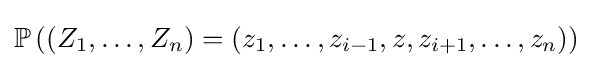
\mathbb {P} \left((Z_{1},\ldots ,Z_{n})=(z_{1},\ldots ,z_{i-1},z,z_{i+1},\ldots ,z_{n})\right)